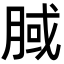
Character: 𣍻